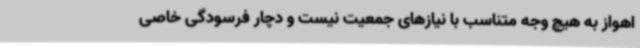
اهواز به هیچ وجه متناسب با نیازهای جمعیت نیست و دچار فرسودگی خاصی